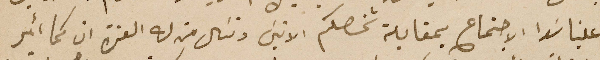
علينا سَوا الاجتماع بمقابلة شخصكم الانيسَ ونسَال من له العزة ان كما أمر